Vital statistics of India. Vol. IV, Annual returns from 1871 to 1876. British Army of India, Native Army and jails of Bengal
Year: 1871
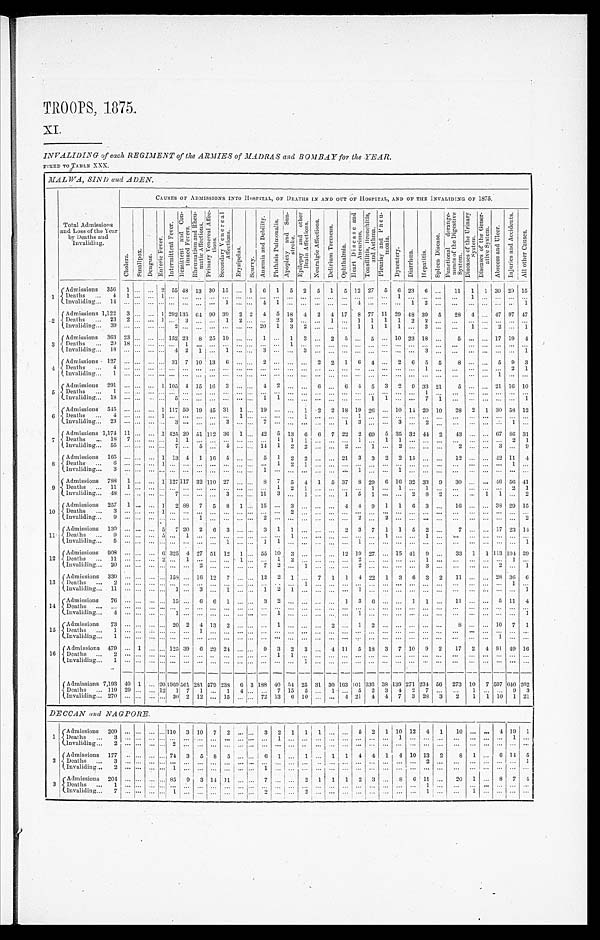
TROOPS, 1875.
XI.
INVALIDING of each REGIMENT of the ARMIES of MADRAS and BOMBA Y for the YEAR.
FIXED TO TABLE XXX.
MALWA, SIN D and ADEN.
Total Admissions
and Loss of the Year
by Deaths and
I nval i di ng. . .
CAUSES OF ADMISSIONS INTO HOSPITAL, OF DEATHS IN AND OUT OF HOSPITAL, AND OP THE INVALIDING OF 1875.
C h o l e r a .
S m a l l p o x . D e n g u e .
E n t e r i c F e v e r .
I n t e r m i t t e n t F e v e r .
R e m i t t e n t a n d C o n - t i n u e d F e v e r s .
R h e u m a t i s m a n d R h e u - m a t i c A f f e c t i o n s . P r i m a r y V e n e r e a l A f f e c - t i o n s . S e c o n d a r y V e n e r e a l A f f e c t i o n s .
E r y s i p e l a s .
S c u r v y .
A n æ m i a a n d D e b i l i t y . P h t h i s i s P u l m o n a l i s .
A p o p l e x y a n d S u n - s t r o k e . E p i l e p s y a n d o t h e r B r a i n A f f e c t i o n s .
N e u r a l g i c A f f e c t i o n s .
D e l i r i u m T r e m e n s .
O p h t h a l m e a .
H e a r t D i s e a s e a n d A n e u r i s m . T o n s i l l i t i s , B r o n c h i t i s , a n d A s t h m a . P l e u r i s y a n d P n e u m o n i a .
D y s e n t e r y .
D e a r r h œ a .
H e p a t i t i s .
S p l e e n D i s e a s e .
F u n c t i o n a l d e r a n g e - m e n t s o f t h e D i g e s t i v e S y s t e m . D i s e a s e s o f t h e U r i n a r y S y s t e m . D i s e a s e s o f t h e G e n e r - a t i v e S y s t e m .
A b s c e s s a n d U l c e r .
I n j u r i e s a n d A c c i d e n t s .
A l l o t h e r C a u s e s .
Admissions 356 1 . . . ... 2 55 48 13 30 15 ... 1 6 1 5 3 5 1 5 12 27 5 6 23 6 . . . 11 1 1 30 29 15
1 Deaths ... 4 1 . . . . . . 1 . . . . . . . . . . . . . . . . . . . . . . . . . . . . . . . . . . . . . . . . . . . . . . . . ... 1 . . . . . . . . .
. . . . . . . . . . . . . . . . . .
I n v a l i d i n g . . .
1 4 . . . . . . . . . . . . . . . . . . . . . . . . 1 . . . . . . 4 1 . . . . . . . . . . . . . . . 4 . . . . . . . . . 1 2 . . . ... ... ... . . . ... 1
Admissions 1,122 3 ... ... 1 292 1 3 5 64 90 39 2 2 4 5 18 4 2 4 17 8 77 11 29 48 39 5 28 4 . . . 47 97 47
2
D e a t h s . . .
2 3
2 . . . . . . 1 . . . 3 . . . . . . 1 2 . . . . . . 2 3 . . . . . . 1 . . . 1 1 1 1 2 2 . . .
. . . . . . . . . . . . . . . . . .
I n v a l i d i n g . . . 3 9 . . . . . . . . . . . . 2 . . . . . . . . . . . . . . . . . . 2 0 1 3 2 . . . . . . . . . 1 1 1 1 ... 3 . . .
. . . 1 . . . 2 ... 1
Admissions 363 23 ... ... ... 152 2 3 8 25 19 ... . . . 1 ... 1 3 ... 2 5 . . . 5 ... 10 23 18 ... 5 ... ... 17 19 4
3
D e a t h s . . . 2 0 1 8 . . . . . . . . . . . . 1 . . . . . . . . . . . . . . . . . . . . . 1 . . . . . . . . . . . . . . . . . . . . . . . . . . . . . . . . .
. . . . . . . . . . . . . . . . . .
I n v a l i d i n g . . . 1 8 . . . . . . . . . . . . 4 2 1 . . . 1 . . . . . . 3 . . . . . . 3 . . . . . . . . . . . . . . . . . . . . . . . . 3 . . .
. . . . . . . . . . . . ... 1
Admissions 127 ... ... ... . . . 31 7 10 13 6 ... ... 2 ... ... . . . 2 2 1 6 4 . . . 2 6 5 5 8 ... . . . 5 9 3
4 Deaths ... 4 ... . . . ... . . . ... . . . . . . . . . . . . . . . . . . . . . . . . . . . . . . . . . . . . . . . . . . . . . . . . . . . . . . 1 . . .
. . . . . . . . . . . . 2 1
Invaliding... 18 ... . . . ... . . . . . . ... . . . ... . . . . . . . . . . . . . . . . . . . . . . . . . . . . . . . . . . . . . . . . . . . . . . . . . . .
. . . . . . . . . 1 . . . . . .
Admissions 291 ... ... ... 1 105 4 15 1 6 3 . . . . . . 4 2 . . . . . . 6 . . . 6 4 5 3 2 9 33 21 5 . . . ... 21 16 10
5
D e a t h s . . . 1 . . . . . . . . . . . . . . . . . . . . . . . . . . . . . . . . . . . . . . . . . . . . . . . . . . . . . . . . . . . . . . . . . . . . . 1 . . .
. . . . . . . . . . . . . . . . . .
Invaliding. 18 ... . . . . . . . . . 5 . . . . . . . . . . . . . . . . . . 1 1 . . . . . . . . . . . . . . . . . . 1 1 . . . . . . 7 1
. . . . . . . . . . . . . . . 1
Admissions 545 . . . . . . . . . 1 117 5 0 19 45 31 1 ... 19 . . . . . . 1 2 2 18 19 26 ... 10 14 29 10 28 2 1 30 58 12
6
D e a t h s . . .
4 . . . . . . . . . 1 . . . . . . . . . . . . . . . 1 . . . . . . . . . . . . 1 . . . . . . . . . 1 . . . . . . . . . . . . . . . ... ...
. . . . . . . . . . . . . . .
I n v a l i d i n g . . . 2 3 . . . . . . . . . . . . 3 . . . . . . . . . 3 . . . . . . 7 . . . . . . . . . . . . . . . 1 3 . . . . . . 3 . . . 2 . . . . . . . . . . . . . . . 1 . . .
Admissions 1,174 11 . . . ... 1 425 20 51 112 36 1 ... 42 5 13 6 6 7 22 2 69 5 35 32 44 2 43 ... ... 67 8 6 31
7 Deaths . . . 18 7 ... ... . . . 1 1 . . .
. . . . . . ... . . . . . . 1 1 1 . . . . . . . . . 1 . . . 1 1 ... . . . . . .
. . . ... ... ... 2 1
I n v a l i d i n g . . . 5 5 . . . . . . . . . . . . 7 . . . 5 . . . 6 . . . . . . 1 4 1 2 2 . . . . . . 2 . . . 1 . . . 2 . . . . . . . . .
2 . . . . . . 3 . . . 9
Admissions 16 . . . . . . ... 1 13 4 1 16 5 . . . . . . 5 1 2 2 ... ... 21 3 3 2 2 15 . . . . . . 12 . . . . . . 4 2 11 4
8 Deaths ... 6 ... . . . . . . 1 . . . . . . . . . . . . . . . . . . . . . . . . 1 1 1 . . . . . . . . . . . . . . . . . . . . . . . . . . . . . .
. . . . . . . . . . . . 1 . . .
I n v a l i d i n g . . . 3 . . . . . . . . . . . . . . . . . . . . . . . . . . . . . . . . . 1 . . . . . . . . . . . . . . . . . . 1 . . . . . . 1 . . . . . . . . . . . .
. . . ... . . . . . . . . .
Admissions 788 1 . . . . . . 1 127 117 32 110 27 . . . . . . 8 7 5 4 1 5 37 8 29 6 16 32 33 9 30 . . . ... 46 56 41
9
D e a t h s . . . 1 1 1 . . . . . . . . . . . . . . . . . . . . . . . . . . . . . . . . . 1 2 1 . . . . . . . . . . . . 1 . . . 1 . . . 1 . . .
. . . . . . . . . . . . 2 1
Invaliding... 48 ... . . . . . . . . . 7 ... ... . . . 3 . . . . . . 11 3 ... 1 . . . . . . 1 5 1 . . . . . . 2 8 2 . . . . . . 1 1 . . . 2
Admissions 257 1 ... . . . 1 2 88 7 5 8 1 . . . 15 ... 3 ... ... ... 4 4 9 1 1 6 3 ... 16 ... ... 38 29 15
10 Deaths ... 3 ... . . . . . . 1 . . . . . . . . . . . . . . . . . . . . . . . . . . . 2 . . . . . . . . . ... ... ... . . . ... ... ... ... ...
. . . . . . . . . . . . . . .
I n v a l i d i n g . . . 9 . . . . . . . . . . . . . . . . . . 1 . . . . . . . . . . . . 2 . . . . . . . . . . . . . . . . . . 2 . . . 2 . . . . . . . . . . . . . . . ... ... ... ... 2
Admissions 130 . . . . . . . . . 5 7 20 2 6 3 ... . . . 3 1 1 . . . ... . . . 2 3 7 1 1 5 2 ... 7 ... ... 17 23 14
1 1 Deaths... 9 ... ... ... 5 ... 1 . . . . . . . . . ... . . . . . . . . . 1 . . . . . . . . . . . . ... ... 1 . . . . . . 1 . . .
. . . . . . . . . . . . . . . . . .
I i n v a l i d i n g . . .
5 . . . . . . . . . . . . . . . . . . . . . . . . 1 . . . . . . 1 1 . . . . . . . . . . . . . . . 1 . . . . . . . . . . . . . . . . . .
. . . . . . . . . . . . . . . 1
Admissions 908 ... ... ... 6 325 4 27 51 12 1 . . . 55 10 3 . . . . . . . . . 12 19 27 . . . 15 41 9 . . . 33 1 1 113 104 39
1 2
D e a t h s . . . 1 1 . . . . . . . . . 2 . . . 1 . . . . . . . . . 1 . . . . . . 1 2 . . . . . . . . . . . . 2 . . . . . . . . . . . . 1 . . .
. . . . . . . . . . . . 1 . . .
I n v a l i d i n g . . . 2 0 . . . . . . . . . . . . . . . . . . 2 . . . . . . . . . . . . 7 2 . . . 1 . . . . . . . . . 2 . . . . . . . . . . . . 3 . . .
. . . . . . . . . 2 . . . 1
Admissions 339 ... ... ... . . . 158 ... 16 12 7 . . . . . . 12 2 1 . . . 7 1 1 4 22 1 3 6 3 2 11 ... . . . 28 36 6
13 Deaths ... 2 ... ... . . . . . . . . . . . . . . . . . . . . . . . . . . . . . . . . . . . . 1 . . . . . . ... ... ... ... ... ... ... ...
. . . . . . . . . . . . 1 . . .
I n v a l i d i n g . . . 1 1 . . . . . . . . . . . . 1 . . . 3 . . . 1 . . . . . . 1 2 1 . . . . . . . . . . . . 1 . . . . . . . . . . . . . . . . . .
. . . . . . ... . . . ... 1
Admissions 76 ... ... . . . . . . 15 ... 6 6 1 . . . . . . 3 2 . . . . . . . . . . . . 1 3 6 . . . . . . 1 1 . . . 11 . . . . . . 5 11 4
14 Deaths . . . ... ... ... . . . . . . ... ... ... ... ... ... . . . ... . . . . . . . . . . . . . . . . . . . . . . . . . . . . . . . . . . . . . . . . . .
. . . . . . . . . . . . . . .
I n v a l i d i n g . . . 4 . . . . . . . . . . . . 1 . . . . . . . . . . . . . . . . . . . . . 1 . . . . . . . . . . . . . . . 1 . . . . . . . . . . . . . . . . . . . . . . . . . . . . . . . . . 1
Admissions 73 ... ... ... . . . 20 2 4 13 2 ... . . . ... 1 ... . . . . . . 2 . . . 1 2 ... ... ... ... . . . 8 ... ... 10 7 1
15 Deaths ... 1 ... . . . . . . . . . . . . . . . 1 . . . . . . . . . . . . . . . . . . . . . . . . . . . . . . . . . . . . . . . . . . . . . . . . . . . . . .
. . . . . . . . . . . . . . . . . .
Invaliding... 1 ... . . . . . . . . . . . . . . . . . . . . . . . . . . . . . . . . . . . . . . . . . . . . . . . . . . . . . . . . . . . . . . . . . . . . . . . .
. . . . . . . . . 1 . . . . . .
Admissions 479 ... 1 . . . . . . 125 39 6 2 9 2 4 . . . . . . 9 3 2 3 . . . 4 11 5 18 3 7 10 9 2 17 2 4 81 49 16
16 Deaths ... 2 . . . ... . . . . . . . . . . . . . . . . . . . . . . . . . . . . . . 1 1 . . . . . . . . . . . . . . . . . . . . . . . . . . . . . . . . . . . . .
. . . . . . . . . . . . . . .
I n v a l i d i n g . . . 1 . . . . . . . . . . . . . . . . . . . . . . . . . . . . . . . . . . . . . . . . . . 1 . . . . . . . . . . . . . . . . . . . . . . . . . . . . . . . . . . . . . . . . . . . . . . . .
Admissions 7,193 40 1 ... 20 1969
5 6 1 281 579 238 6 3 188 40 5 4 25 31 30 163 101 336 38 139 271 234 56 273 10 7 597 640 262
Deaths ... 119 29 ... . . . 19 1 7 1 ... 1 4 ... ... 7 15 5 ... 1 ... 5 2 3 4 2 7 . . . . . . 1 . . . . . . 9 3
invaliding... 270 ... ... ... ... 30 2 12 ... 15 ... ... 72 13 6 1 0 ... ... 4 21 4 4 7 3 28 3 2 1 1 10 1 21
DECCAN and NAGPORE.
Admissions 209 ... ... ... . . . 110 3 10 7 2 ... ... 3 2 1 1 1 . . . . . . 5 2 1 10 12 4 1 10 ... ... 4 19 1
1 Deaths ... 3 . . . . . . . . . . . . . . . . . . . . . . . . . . . . . . . . . . . . 1 . . . . . . . . . . . . . . . . . . . . . . . . 1 . . . . . . . . .
. . . . . . . . . . . . 1 . . .
I n v a l i d i n g . . . 2 . . . . . . . . . . . . 2 . . . . . . . . . . . . . . . . . . . . . . . . . . . . . . . . . . . . . . . . . . . . . . . . . . . . . . . . . . . . .
. . . ... ... ... . . . ...
Admissions 177 ... ... ... ... 74 3 5 8 5 ... ... 6 1 ... 1 ... 1 1 4 4 1 4 10 13 2 8 1 ... 6 14 5
2
D e a t h s . . . 3 . . . . . . . . . . . . . . . . . . . . . . . . . . . . . . . . . . . . . . . . . . . . . . . . . . . . . . . . . . . . . . . . . . . . . 2 . . .
. . . . . . . . . . . . . . . 1
Invaliding... 2 . . . . . . . . . . . . 1 . . . . . . . . . . . . . . . . . . 1 . . . . . . . . . . . . . . . . . . . . . . . . . . . . . . . . . . . . . . . . . . . . . . . . . . . . . . . . .
Admissions 204 ... ... . . . ... 85 9 3 1 4 1 1 . . . . . . 7 . . . . . . 2 1 1 1 2 3 . . . 8 6 11 . . . 20 1 . . . 8 7 4
3 D e a t h s . . .
1 . . . . . . . . . . . . . . . . . . . . . . . .
. . . . . . . . . . . . . . . . . . . . .
. . . . . . . . . . . . . . . . . . . . . . . . 1 . . .
. . . . . . . . . . . . . . . . . .
Invaliding... 7 . . . . . . . . . . . . 1 . . . . . . . . . . . . . . . . . . 2 . . . . . . 2 . . . . . . . . . . . . . . . . . . . . . . . . 1 . . .
. . . 1 . . . ... ... ...